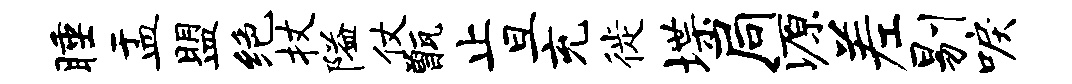
睡盂盟绝杖隘仗甑止旦充徙堞局源差剔唳